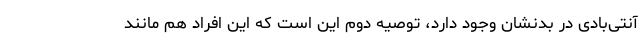
آنتی‌بادی در بدنشان وجود دارد، توصیه دوم این است که این افراد هم مانند